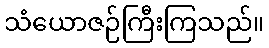
သံယောဇဉ်ကြီးကြသည်။